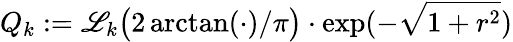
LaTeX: Q_{k}:=\mathscr{L}_{k}\big(2\arctan(\cdot)/\pi\big)\cdot\exp(-\sqrt{1+r^{2}})